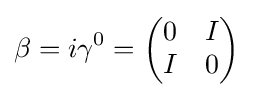
\beta =i\gamma ^{0}={\biggl (}{\begin{matrix}0&I\\I&0\\\end{matrix}}{\biggr )}